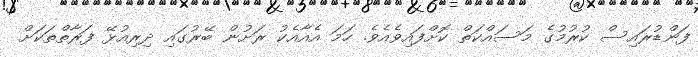
ފަންޑުރައިސް ކުރުމުގެ މަސައްކަތް ކޮށްފައިވެއެވެ. ހަމަ އެއާއެކު ރަށުން ބޭރުގައި ދިރިއުޅޭ ފަރާތްތަކަށް